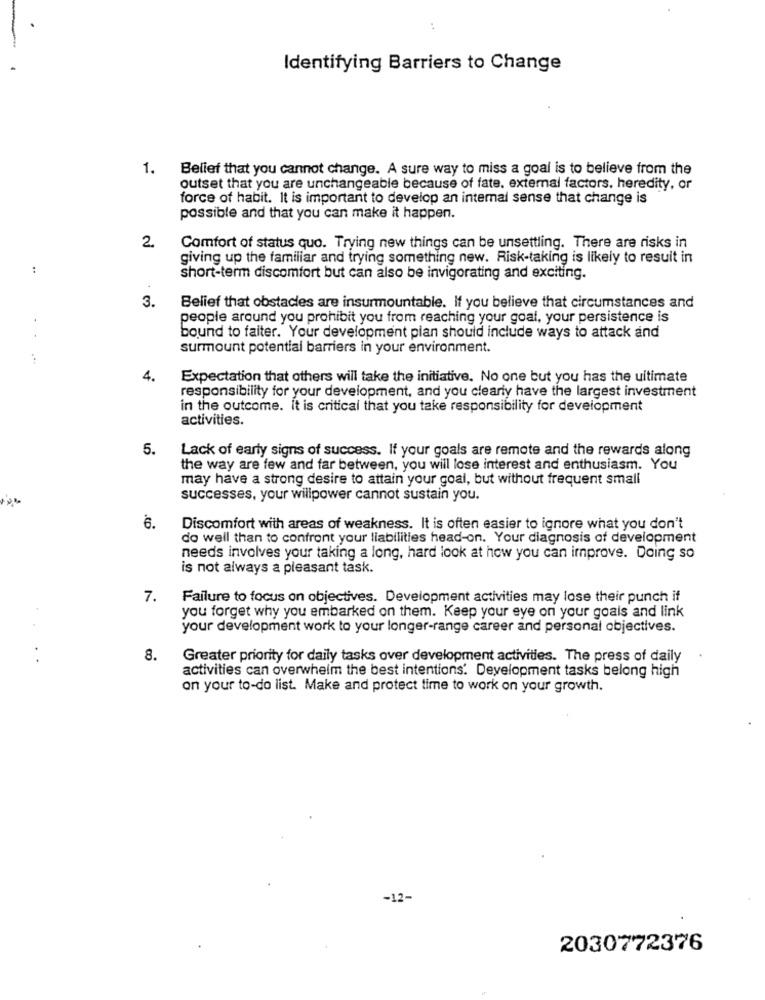
Identifying Barriers to Change
1.
Belief that you cannot change. A sure way to miss a goal is to believe from the
outset that you are unchangeable because of fate, external factors, heredity, or
force of habit. It is important to develop an internal sense that change is
possible and that you can make it happen.
2.
Comfort of status quo. Trying new things can be unsettling. There are risks in
giving up the familiar and trying something new. Risk-taking is likely to result in
:
short-term discomfort but can also be invigorating and exciting.
3.
Belief that obstacles are insurmountable. If you believe that circumstances and
people around you prohibit you from reaching your goal, your persistence is
bound to faiter. Your development plan should include ways to attack and
surmount potential barriers in your environment.
...
4.
Expectation that others will take the initiative. No one but you has the ultimate
responsibility for your development, and you clearly have the largest investment
in the outcome. it is critical that you take responsibility for development
activities.
5.
Lack of early signs of success. If your goals are remote and the rewards along
the way are few and far between, you will lose interest and enthusiasm. You
may have a strong desire to attain your goal, but without frequent small
successes, your willpower cannot sustain you.
6.
Discomfort with areas of weakness. It is often easier to ignore what you don't
do well than to confront your liabilities head-on. Your diagnosis of development
needs involves your taking a long, hard look at how you can improve. Doing so
is not always a pleasant task.
7.
Failure to focus on objectives. Development activities may lose their punch if
you forget why you embarked on them. Keep your eye on your goals and link
your development work to your longer-range career and personal objectives.
....
8.
Greater priority for daily tasks over development activities. The press of daily
activities can overwhelm the best intentions. Development tasks belong high
on your to-do list. Make and protect time to work on your growth.
-12-
2030772376